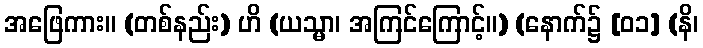
အဖြေကား။ (တစ်နည်း) ဟိ (ယသ္မာ၊ အကြင်ကြောင့်။) (နောက်၌ [၀၁] (နိ၊